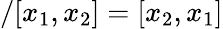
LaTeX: /[x_{1},x_{2}]=[x_{2},x_{1}]